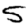
Digit: 5